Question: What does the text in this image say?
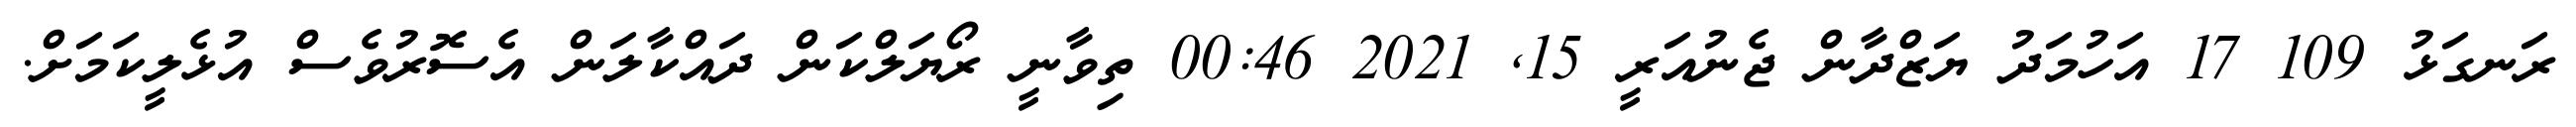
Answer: ރަނގަޅު 109 17 އަހުމަދު ޔަޒްދާން ޖެނުއަރީ 15, 2021 00:46 ތިވާނީ ރޯޔަލްކަން ދައްކާލަން އެސޮރުވެސް އުޅެލީކަމަށް.